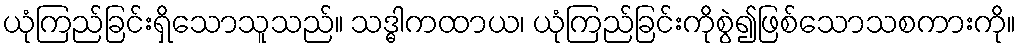
ယုံကြည်ခြင်းရှိသောသူသည်။ သဒ္ဓါကထာယ၊ ယုံကြည်ခြင်းကိုစွဲ၍ဖြစ်သောသစကားကို။